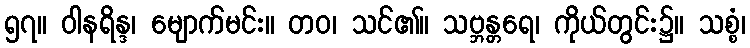
၅၇။ ဝါနရိန္ဒ၊ မျောက်မင်း။ တဝ၊ သင်၏။ သဗ္ဘန္တရေ၊ ကိုယ်တွင်း၌။ သစ္စံ၊